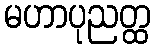
မဟာပုညတ္ထ